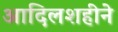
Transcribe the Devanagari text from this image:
आदिलशहीने